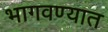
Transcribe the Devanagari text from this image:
भागवण्यात